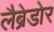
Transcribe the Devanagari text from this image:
लैब्रेडोर